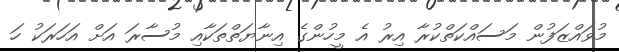
މުވައްޒަފުން މަސައްކަތްކުރާ އިރު އެ މީހުންގެ އިނާޔަތްތަކާއި މުސާރަ އަށް އަހަރަކު ހަ